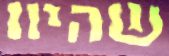
שהיוו